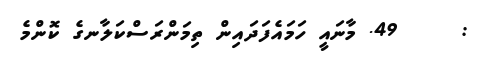
:     49. މާނައީ ހަމައެފަދައިން ތިމަންރަސްކަލާނގެ ކޮންމެ